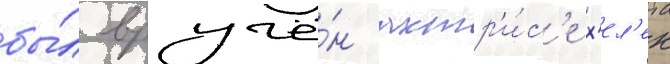
бы́л вручё́н актр'и́с'е х'ел'ен